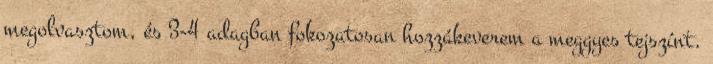
megolvasztom, és 3-4 adagban fokozatosan hozzákeverem a meggyes tejszínt.